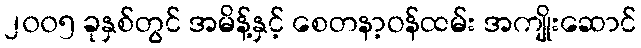
၂၀၀၅ ခုနှစ်တွင် အမိန့်နှင့် စေတနာ့ဝန်ထမ်း အကျိုးဆောင်